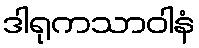
ဒါရုကသာဝါနံ